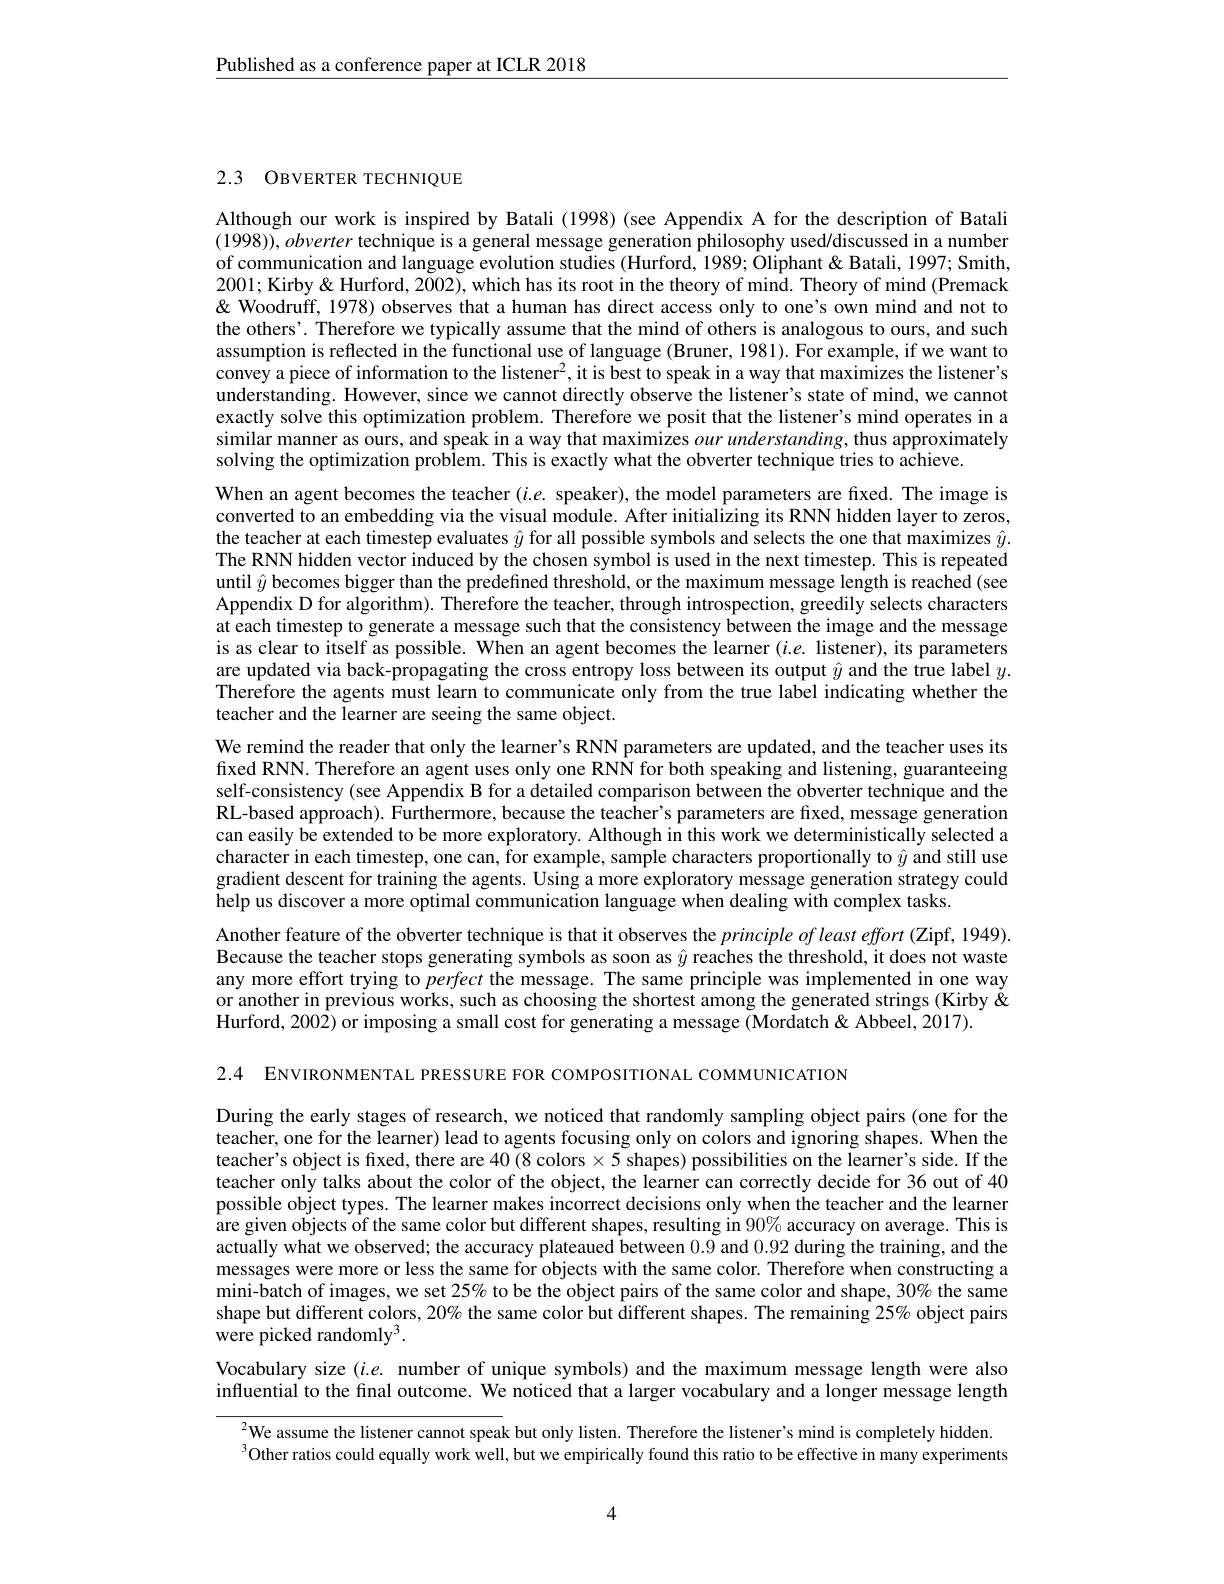
$\underline{\text{Published as a conference paper at ICLR 2018}}$

## 2.3 OBVERTER TECHNIQUE

Although our work is inspired by Batali (1998)(see Appendix A for the description of Batali $(1998)),obverter$ technique is a general message generation philosophy used/discussed in a number of communication and language evolution studies (Hurford, 1989; Ôliphant & Batali, 1997; Smith, 2001; Kirby & Hurford, 2002), which has its root in the theory of mind. Theory of mind (Premack & Woodruff, 1978) observes that a human has direct access only to one's own mind and not to the others'. Therefore we typically assume that the mind of others is analogous to ours, and such assumption is reflected in the functional use of language (Bruner, 1981). For example, if we want to convey a piece of information to the listener$^2$,it is best to speak in a way that maximizes the listener's $\hat{\text{understanding. However, since we cannot directly observe the listener's state of mind, we cannot}}$ exactly solve this optimization problem. Therefore we posit that the listener's mind operates in a similar manner as ours, and speak in a way that maximizes our understanding, thus approximately solving the optimization problem. This is exactly what the obverter technique tries to achieve.
When an agent becomes the teacher $(i.e.$ speaker), the model parameters are fixed. The image is converted to an embedding via the visual module. After initializing its RNN hidden layer to zeros, the teacher at each timestep evaluates $\hat{y}$ for all possible symbols and selects the one that maximizes $\hat{y}.$ The RNN hidden vector induced by the chosen symbol is used in the next timestep. This is repeated until $\hat{y}$ becomes bigger than the predefined threshold, or the maximum message length is reached (see Appendix D for algorithm). Therefore the teacher, through introspection, greedily selects characters at each timestep to generate a message such that the consistency between the image and the message is as clear to itself as possible. When an agent becomes the learner $(i.e.$ listener), its parameters are updated via back-propagating the cross entropy loss between its output $\hat{y}$ and the true label $y.$ Therefore the agents must learn to communicate only from the true label indicating whether the teacher and the learner are seeing the same object.
We remind the reader that only the learner's RNN parameters are updated, and the teacher uses its fixed RNN. Therefore an agent uses only one RNN for both speaking and listening, guaranteeing self-consistency (see Appendix B for a detailed comparison between the obverter technique and the RL-based approach). Furthermore, because the teacher's parameters are fixed, message generation can easily be extended to be more exploratory. Although in this work we deterministically selected a character in each timestep, one can, for example, sample characters proportionally to $\hat{y}$ and still use gradient descent for training the agents. Using a more exploratory message generation strategy could help us discover a more optimal communication language when dealing with complex tasks.
Another feature of the obverter technique is that it observes the $principle\textit{ofleast effort ( Zipf, 1949) }.$ Because the teacher stops generating symbols as soon as $\hat{y}$ reaches the threshold, it does not waste any more effort trying to perfect the message. The same principle was implemented in one way or another in previous works, such as choosing the shortest among the generated strings (Kirby & Hurford, 2002) or imposing a small cost for generating a message (Mordatch & Abbeel, 2017).

2.4 ENVIRONMENTAL PRESSURE FOR COMPOSITIONAL COMMUNICATION

During the early stages of research, we noticed that randomly sampling object pairs (one for the teacher, one for the learner) lead to agents focusing only on colors and ignoring shapes. When the teacher's object is fixed, there are 40(8 colors $\times5$ shapes) possibilities on the learmer's side. If the teacher only talks about the color of the object, the learner can correctly decide for 36 out of 40 possible object types. The learner makes incorrect decisions only when the teacher and the learner are given objects of the same color but different shapes, resulting in $90\%$ accuracy on average. This is actually what we observed; the accuracy plateaued between 0.9 and 0.92 during the training, and the messages were more or less the same for objects with the same color. Therefore when constructing a mini-batch of images, we set 25% to be the object pairs of the same color and shape, 30% the same shape but different colors, 20% the same color but different shapes. The remaining 25% object pairs $\tilde{\mathrm{were~picked~randomly}}^{3}.$

Vocabulary size $(i.e.$ number of unique symbols) and the maximum message length were also influential to the final outcome. We noticed that a larger vocabulary and a longer message length

$^{2}$We assume the listener cannot speak but only listen. Therefore the listener's mind is completely hidden. $^{3}$Other ratios could equally work well, but we empirically found this ratio to be effective in many experiments

4